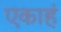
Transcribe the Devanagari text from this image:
एकाहं